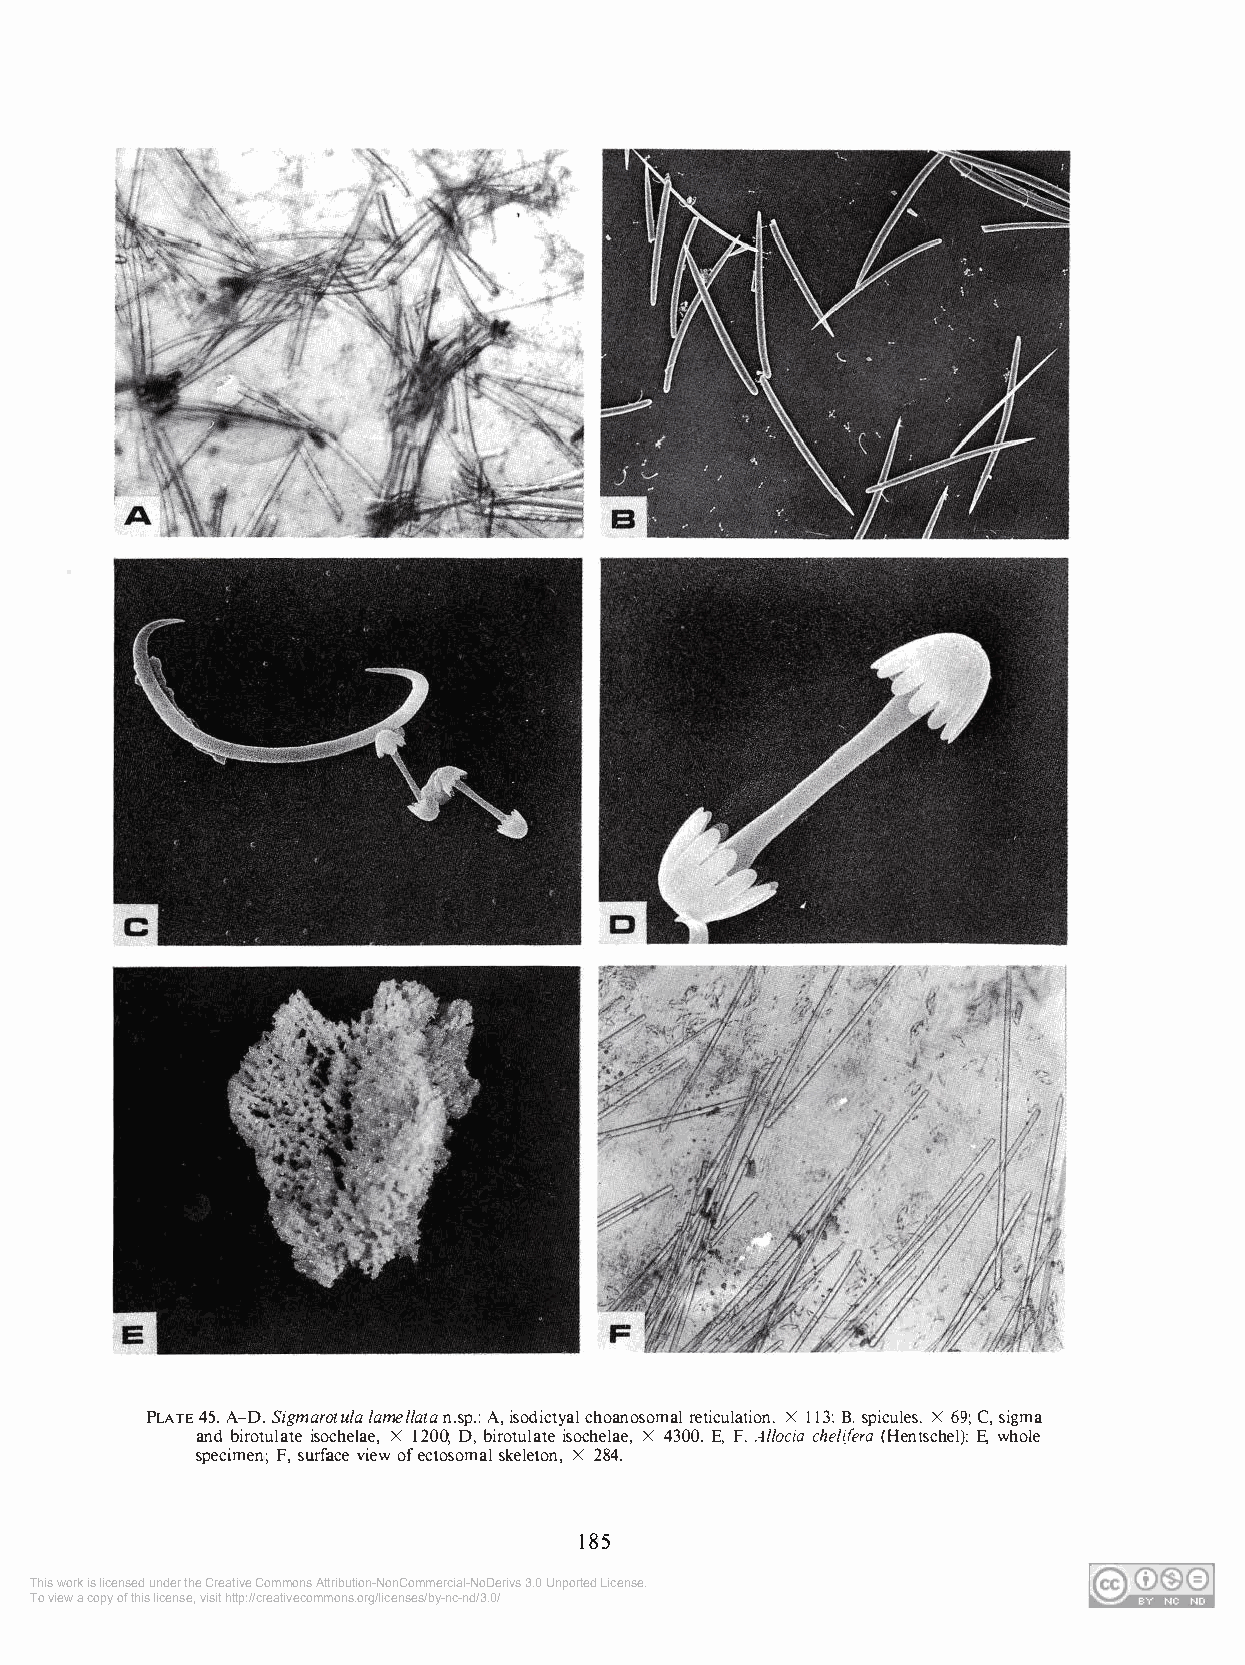
PLATE 45. A-D. Sigrnarotula larnellata n.sp.: A, isodictyal choanosomal reticulation, X 113: B. spicules, X 69; C, sigma
 and birotulate isochelae, X 1200; D, birotulate isochelae, X 4300. E, F, Allocia chelifera (Hentschel): E, whole
 specimen; F, surface view of ectosomal skeleton, X 284.
 185
 This work is licensed under the Creative Commons Attribution-NonCommercial-NoDerivs 3.0 Unported License.
 To view a copy of this license, visit http://creativecommons.org/licenses/by-nc-nd/3.0/